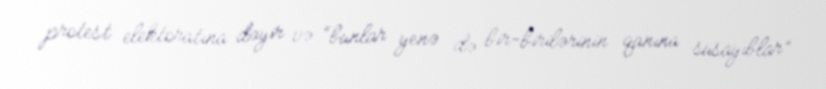
protest elektoratına dəyir və “bunlar yenə də bir-birilərinin qanına susayıblar”